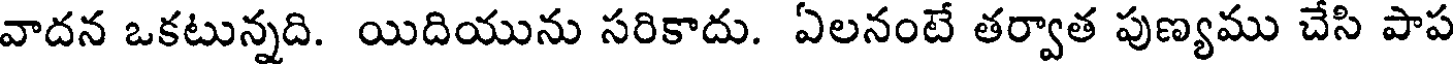
వాదన ఒకటున్నది. యిదియును సరికాదు. ఏలనంటే తర్వాత పుణ్యము చేసి పాప